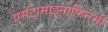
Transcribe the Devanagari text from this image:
एसेटामाइनोफिनभी